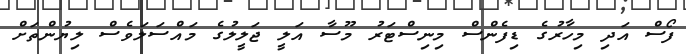
ފޯސް އަދި މިހާރުގެ ޑިފެންސް މިނިސްޓަރު މޫސާ އަލީ ޖަލީލުގެ މައްސަލަވެސް ލިޔުންތަށް